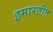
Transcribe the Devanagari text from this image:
इमारतीत